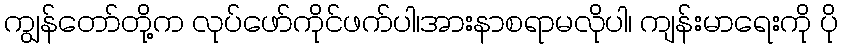
ကျွန်တော်တို့က လုပ်ဖော်ကိုင်ဖက်ပါ၊အားနာစရာမလိုပါ၊ ကျန်းမာရေးကို ပို